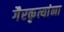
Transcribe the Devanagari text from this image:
गैरकृत्यांना